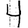
Digit: 4